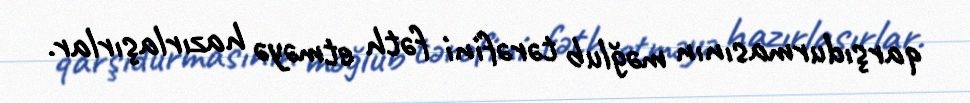
qarşıdurmasının məğlub tərəfini fəth etməyə hazırlaşırlar.